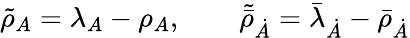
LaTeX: \tilde{{\rho}}_{A}=\lambda_{A}-\rho_{A},\qquad\tilde{\bar{\rho}}_{\dot{A}}=\bar{\lambda}_{\dot{A}}-\bar{\rho}_{\dot{A}}